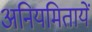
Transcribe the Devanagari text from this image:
अनियमितायें